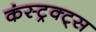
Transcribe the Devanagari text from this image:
कंस्ट्रक्ट्स